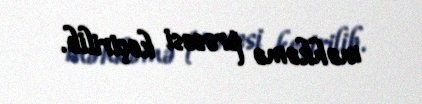
məhkəmə prosesi keçirilib.